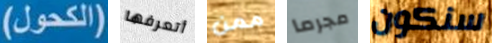
(الكحول) أتعرفها ممن مجرما سنكون